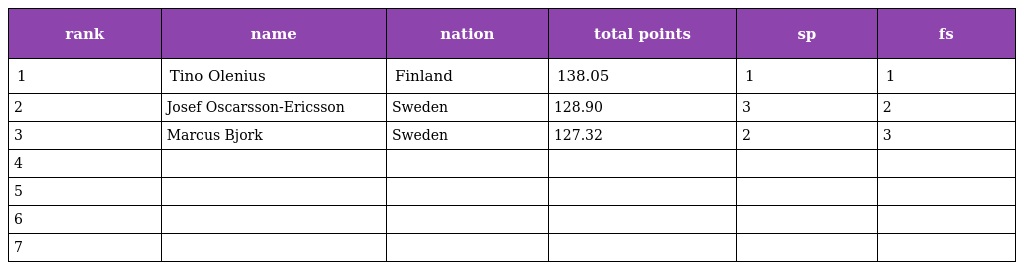
| rank | name | nation | total points | sp | fs |
 | --- | --- | --- | --- | --- | --- |
 | 1 | Tino Olenius | Finland | 138.05 | 1 | 1 |
 | 2 | Josef Oscarsson-Ericsson | Sweden | 128.90 | 3 | 2 |
 | 3 | Marcus Bjork | Sweden | 127.32 | 2 | 3 |
 | 4 |  |  |  |  |  |
 | 5 |  |  |  |  |  |
 | 6 |  |  |  |  |  |
 | 7 |  |  |  |  |  |